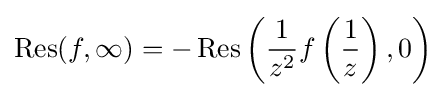
\operatorname {Res} (f,\infty )=-\operatorname {Res} \left({1 \over z^{2}}f\left({1 \over z}\right),0\right)